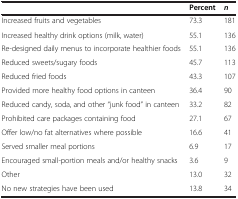
<table><thead><tr><td><b> </b></td><td><b>Percent</b></td><td><b><i>n</i></b></td></tr></thead><tbody><tr><td>Increased fruits and vegetables</td><td>73.3</td><td>181</td></tr><tr><td>Increased healthy drink options (milk, water)</td><td>55.1</td><td>136</td></tr><tr><td>Re-designed daily menus to incorporate healthier foods</td><td>55.1</td><td>136</td></tr><tr><td>Reduced sweets/sugary foods</td><td>45.7</td><td>113</td></tr><tr><td>Reduced fried foods</td><td>43.3</td><td>107</td></tr><tr><td>Provided more healthy food options in canteen</td><td>36.4</td><td>90</td></tr><tr><td>Reduced candy, soda, and other “junk food” in canteen</td><td>33.2</td><td>82</td></tr><tr><td>Prohibited care packages containing food</td><td>27.1</td><td>67</td></tr><tr><td>Offer low/no fat alternatives where possible</td><td>16.6</td><td>41</td></tr><tr><td>Served smaller meal portions</td><td>6.9</td><td>17</td></tr><tr><td>Encouraged small-portion meals and/or healthy snacks</td><td>3.6</td><td>9</td></tr><tr><td>Other</td><td>13.0</td><td>32</td></tr><tr><td>No new strategies have been used</td><td>13.8</td><td>34</td></tr></tbody></table>